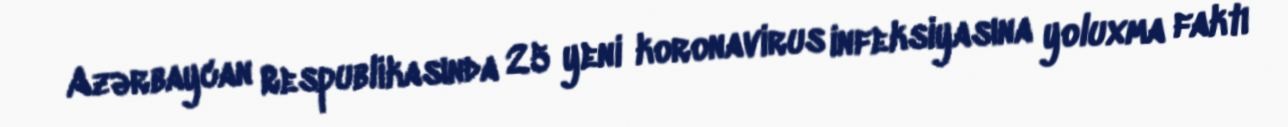
Azərbaycan Respublikasında 25 yeni koronavirus infeksiyasına yoluxma faktı